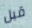
قبل